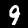
Label: 9